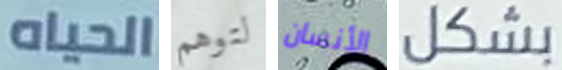
الحياه لتوهم الأنسان بشكل